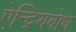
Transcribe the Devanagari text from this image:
ऐन्द्रियबोध